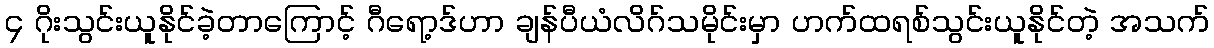
၄ ဂိုးသွင်းယူနိုင်ခဲ့တာကြောင့် ဂီရော့ဒ်ဟာ ချန်ပီယံလိဂ်သမိုင်းမှာ ဟက်ထရစ်သွင်းယူနိုင်တဲ့ အသက်